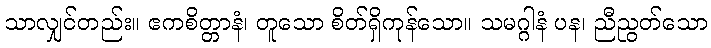
သာလျှင်တည်း။ ဧကစိတ္တာနံ၊ တူသော စိတ်ရှိကုန်သော။ သမဂ္ဂါနံ ပန၊ ညီညွတ်သော